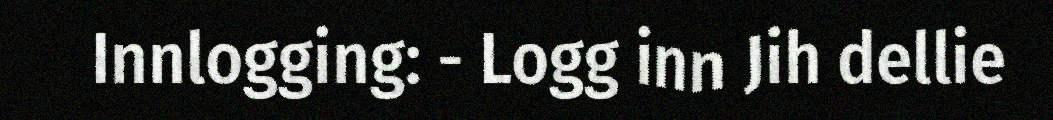
Innlogging: - Logg inn Jih dellie